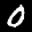
Label: 0